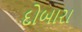
દોબારા